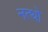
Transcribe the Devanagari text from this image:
नत्थो